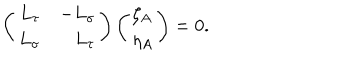
\left( \begin{array} { r r } { { L _ { \tau } } } & { { - L _ { \sigma } } } \\ { { L _ { \sigma } } } & { { L _ { \tau } } } \\ \end{array} \right) \left( \begin{array} { l } { { \zeta _ { A } } } \\ { { \eta _ { A } } } \\ \end{array} \right) = 0 .